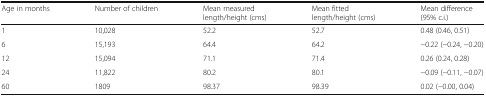
| Age in months | Number of children | Mean measured length/height (cms) | Mean fitted length/height (cms) | Mean difference(95% c.i.) |
 | --- | --- | --- | --- | --- |
 | 1 | 10,028 | 52.2 | 52.7 | 0.48 (0.46, 0.51) |
 | 6 | 15,193 | 64.4 | 64.2 | −0.22 (−0.24, −0.20) |
 | 12 | 15,094 | 71.1 | 71.4 | 0.26 (0.24, 0.28) |
 | 24 | 11,822 | 80.2 | 80.1 | −0.09 (−0.11, −0.07) |
 | 60 | 1809 | 98.37 | 98.39 | 0.02 (−0.00, 0.04) |